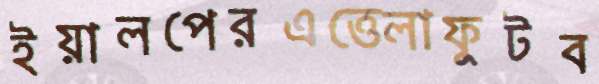
ইয়ালপেরএত্তেলাফুটব